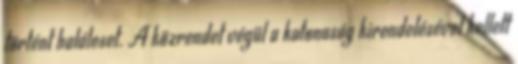
történt haláleset. A közrendet végül a katonaság kirendelésével kellett